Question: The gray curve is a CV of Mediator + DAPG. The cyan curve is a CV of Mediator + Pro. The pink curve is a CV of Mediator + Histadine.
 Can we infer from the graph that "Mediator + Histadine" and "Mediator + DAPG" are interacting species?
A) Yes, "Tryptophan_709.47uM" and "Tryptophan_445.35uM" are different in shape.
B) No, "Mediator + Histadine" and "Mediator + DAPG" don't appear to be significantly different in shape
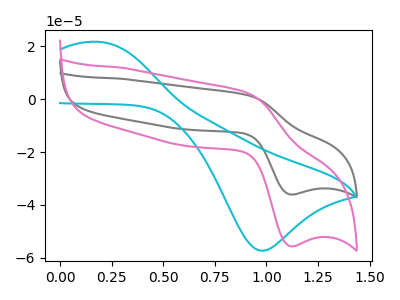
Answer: <think>The gray curve "Mediator + DAPG" has an anodic peak at (0.90V, 1.55uA) and a cathodic peak at (1.10V, -36.05uA). The cyan curve "Mediator + Pro" has an anodic peak at (0.20V, 21.65uA) and a cathodic peak at (1.00V, -57.35uA). The pink curve "Mediator + Histadine" has an anodic peak at (0.90V, 2.40uA) and a cathodic peak at (1.10V, -55.65uA).
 All the peaks in "Mediator + Histadine" have a peak in "Mediator + DAPG" at the same potential. Every peak in "Mediator + Histadine" is higher than every peak in "Mediator + DAPG".</think>
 <answer>B) No, "Mediator + Histadine" and "Mediator + DAPG" don't appear to be significantly different in shape</answer>
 <eval>B</eval>